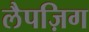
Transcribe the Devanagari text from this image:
लैपज़िग